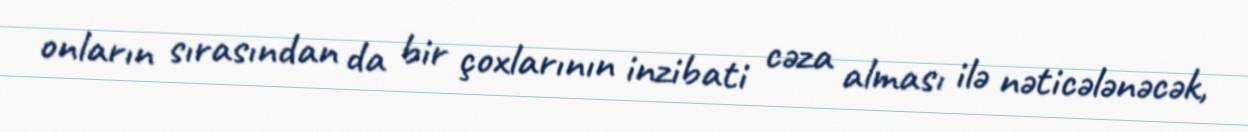
onların sırasından da bir çoxlarının inzibati cəza alması ilə nəticələnəcək,